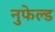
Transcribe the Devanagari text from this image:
नुफेल्ड